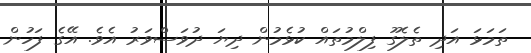
ތަމަޅަ އަދި ތެލެގޫ ފިލްމުތައް ކުޅެމުން ދިޔަ ދުވަސްވަރު އެވެ. އޭގެ ފަހުން